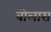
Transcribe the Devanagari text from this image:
वोलास